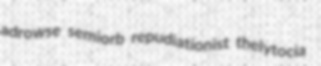
adrowse semiorb repudiationist thelytocia